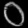
Digit: ၀